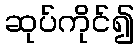
ဆုပ်ကိုင်၍